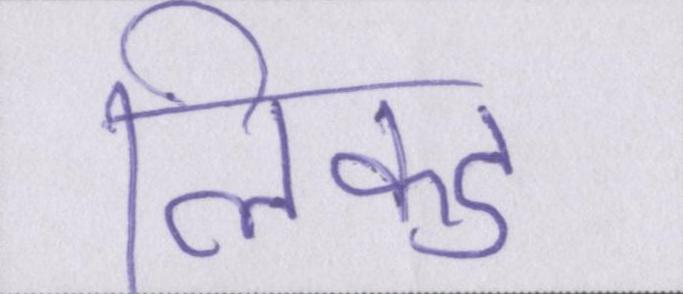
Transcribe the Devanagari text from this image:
लिंक्ड